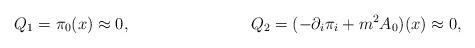
LaTeX: \begin{align*}Q_1 = \pi_0(x) \approx 0,\hspace{1.2in}Q_2 = (-{\partial_i}\pi_i + {m^2}A_0)(x) \approx 0,\end{align*}